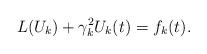
LaTeX: \begin{align*}L(U_k)+\gamma_k^2U_k(t)=f_k(t).\end{align*}